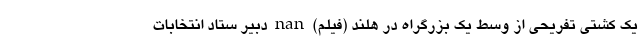
یک کشتی تفریحی از وسط یک بزرگراه در هلند (فیلم) nan دبیر ستاد انتخابات